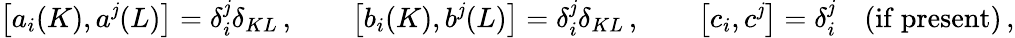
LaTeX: \left[a_{i}(K),a^{\mathit{j}}(L)\right]=\delta_{i}^{\mathit{j}}\delta_{KL}\, ,\qquad\left[b_{i}(K),b^{\mathit{j}}(L)\right]=\delta_{i}^{\mathit{j}}\delta_{KL}\, ,\qquad\left[c_{i},c^{\mathit{j}}\right]=\delta_{i}^{\mathit{j}}\quad\mathrm{{(if~present)}}\, ,